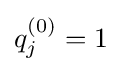
q_{j}^{(0)}=1